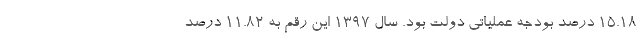
15.18 درصد بودجه عملیاتی دولت بود. سال 1397 این رقم به 11.82 درصد